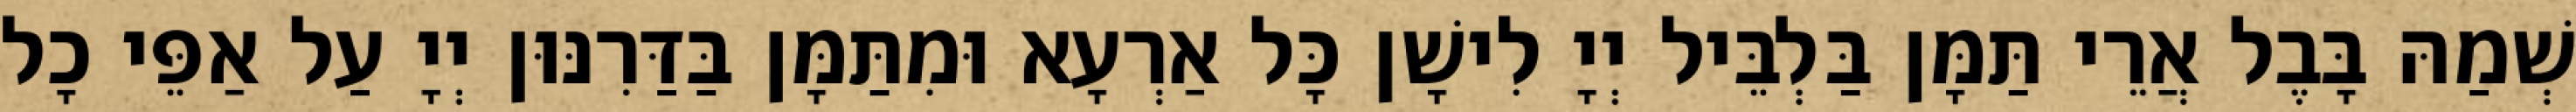
שְׁמַהּ בָּבֶל אֲרֵי תַּמָּן בַּלְבֵּיל יְיָ לִישָׁן כָּל אַרְעָא וּמִתַּמָּן בַּדַּרִנּוּן יְיָ עַל אַפֵּי כָל